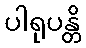
ပါရုပန္တိ